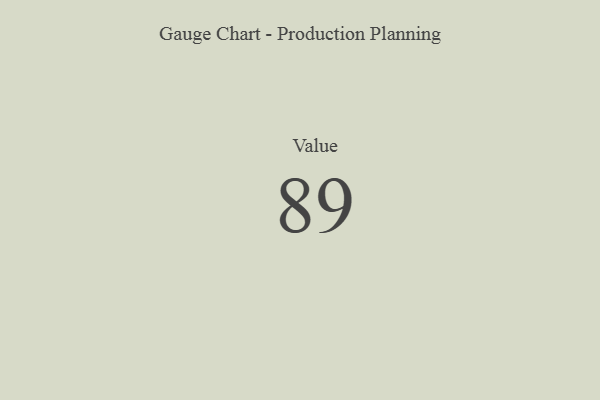
{"axis": {"x": "Metric", "y": "Value"}, "legend": [""], "data": [{"x": "Value", "y": 89, "type": ""}]}